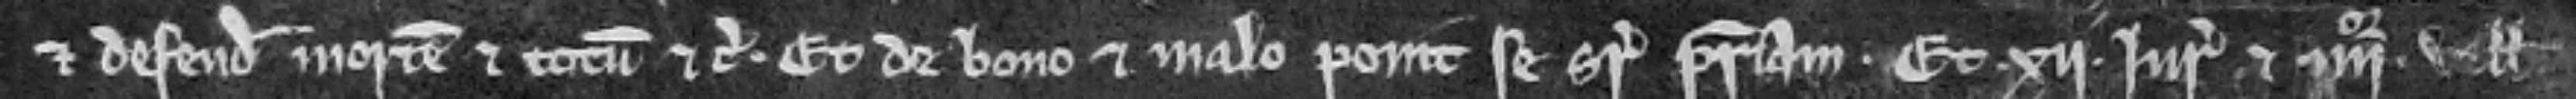
et defendit mortem et totum etc. et de bono et malo ponit se super patriam. Et .xii. juratores. et iiiior. ville